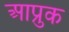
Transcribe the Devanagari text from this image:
आप्रुक